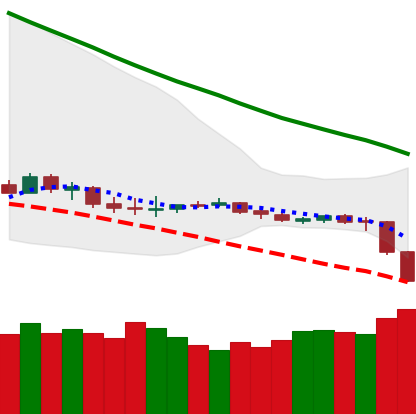
Ticker: LTC-USD
Chart end date: 2019-12-17
Forward return: 13.164%
Label: up_7plus